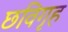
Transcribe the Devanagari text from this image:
छविगृह